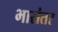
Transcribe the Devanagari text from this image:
भारांतर